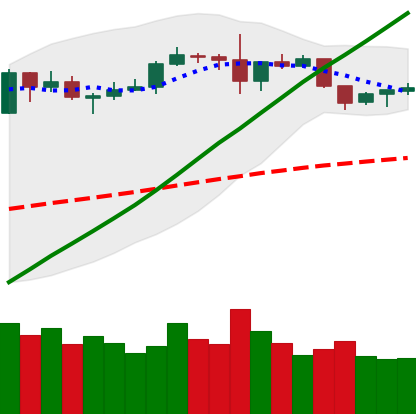
Ticker: ETH-USD
Chart end date: 2019-06-07
Forward return: 3.974%
Label: up_3_5